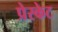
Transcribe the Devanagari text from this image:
प्रेस्केट